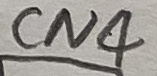
Text: CN4